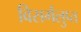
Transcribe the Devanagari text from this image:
विसर्गलुप्त